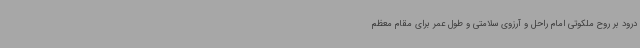
درود بر روح ملکوتی امام راحل و آرزوی سلامتی و طول عمر برای مقام معظم